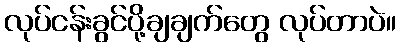
လုပ်ငန်းခွင်ပို့ချချက်တွေ လုပ်တာပဲ။